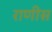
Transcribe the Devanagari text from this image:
राणीस